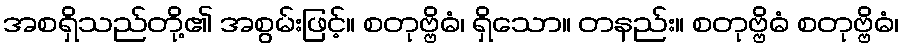
အစရှိသည်တို့၏ အစွမ်းဖြင့်။ စတုဗ္ဗိဓံ၊ ရှိသော။ တနည်း။ စတုဗ္ဗိဓံ စတုဗ္ဗိဓံ၊